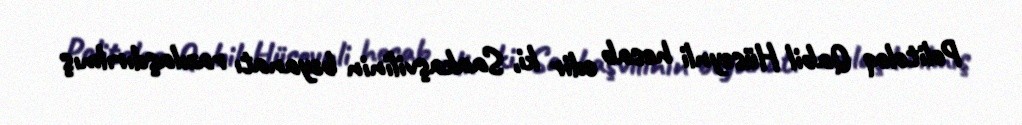
Politoloq Qabil Hüseynli hesab edir ki, Saakaşvilinin bəyanatı razılaşdırılmış